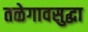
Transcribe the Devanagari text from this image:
तळेगावसुद्धा